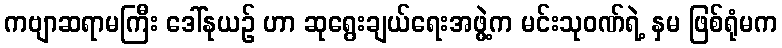
ကဗျာဆရာမကြီး ဒေါ်နုယဉ် ဟာ ဆုရွေးချယ်ရေးအဖွဲ့က မင်းသုဝဏ်ရဲ့ နှမ ဖြစ်ရုံမက